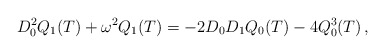
\begin{align*}D_{0}^{2}Q_{1}(T)+\omega ^{2}Q_{1}(T)=-2D_{0}D_{1}Q_{0}(T)-4Q^{3}_{0}(T)\, ,\end{align*}